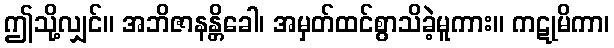
ဤသို့လျှင်။ အဘိဇာနန္တိခေါ၊ အမှတ်ထင်စွာသိခဲ့မူကား။ ကဋုမိကာ၊